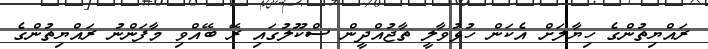
ރައްޔިތުންގެ ހިޔާލަށް އެކަން ހުޅުވާލީ ތާޖުއްދީން ސްކޫލުގައި ރޭ ބޭއްވި މާފަންނު ރައްޔިތުންގެ